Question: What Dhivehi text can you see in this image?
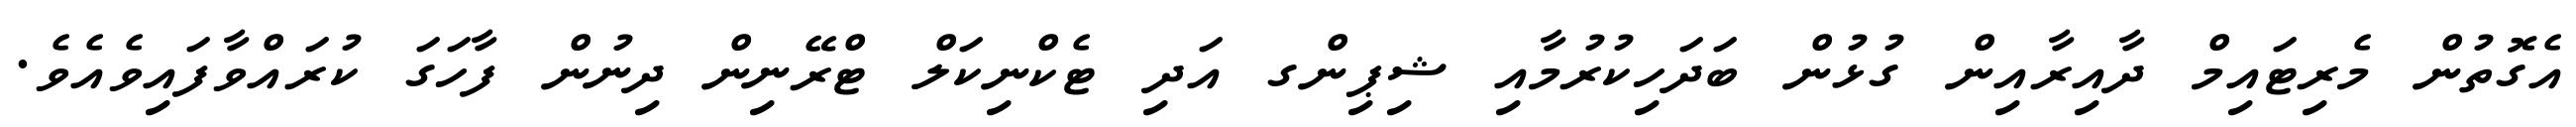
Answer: އެގޮތުން މެރިޓައިމް ދާއިރާއިން ގުޅުން ބަދަހިކުރުމާއި ޝިޕިންގ އަދި ޓެކްނިކަލް ޓްރޭނިން ދިނުން ފާހަގަ ކުރައްވާފައިވެއެވެ.